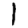
Digit: 1